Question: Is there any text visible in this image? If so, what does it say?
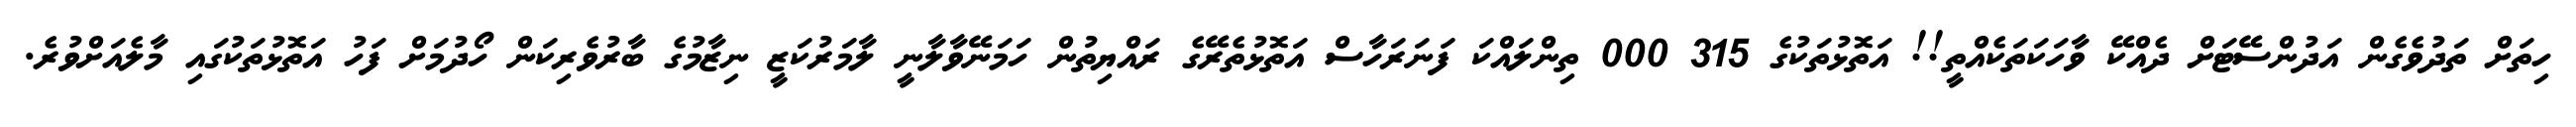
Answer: ހިތަށް ތަދުވެގެން އަދުންސޭޓަށް ދެއްކޭ ވާހަކަތަކެއްތީ!! އަތޮޅުތަކުގެ 315 000 ތިންލައްކަ ފަނަރަހާސް އަތޮޅުތެރޭގެ ރައްޔިތުން ހަމަނޭވާލާނީ ލާމަރުކަޒީ ނިޒާމުގެ ބާރުވެރިކަން ހޯދުމަށް ފަހު އަތޮޅުތަކުގައި މާލެއަށްވުރެ.